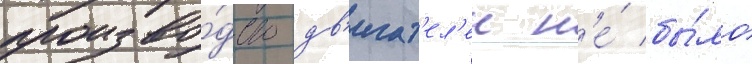
произво́дство дв'игат'ел'еи н'е́ бы́ло